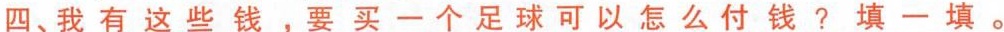
四、我有这些钱，要买一个足球可以怎么付钱?填一填。